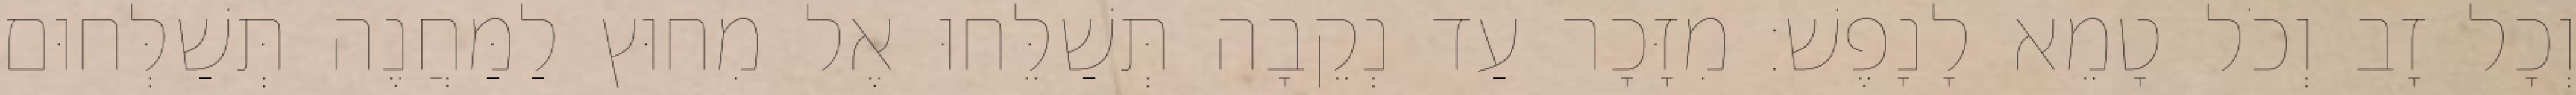
וְכָל זָב וְכֹל טָמֵא לָנָפֶשׁ׃ מִזָּכָר עַד נְקֵבָה תְּשַׁלֵּחוּ אֶל מִחוּץ לַמַּחֲנֶה תְּשַׁלְּחוּם